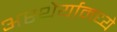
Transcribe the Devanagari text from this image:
अस्थैर्यामध्ये